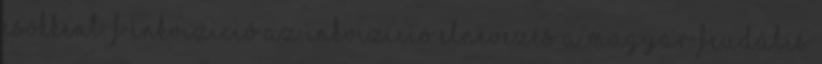
csökkent. f Inkvizició Az inkvizíció elnevezés a magyar feudális